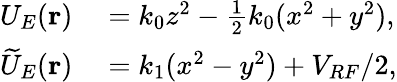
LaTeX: \begin{array}{rl}{U_{E}(\mathbf{r})}&{{}=k_{0}z^{2}-\frac{1}{2}k_{0}(x^{2}+y^{2}),}\\ {\widetilde{U}_{E}(\mathbf{r})}&{{}=k_{1}(x^{2}-y^{2})+V_{RF}/2,}\end{array}